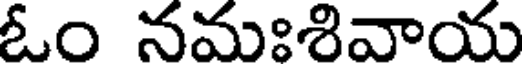
ఓం నమఃశివాయ